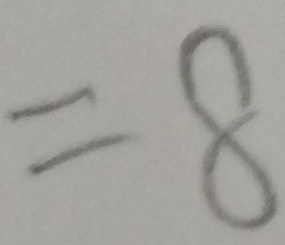
= 8